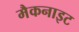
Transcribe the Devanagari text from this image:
मैकनाइट